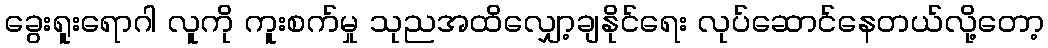
ခွေးရူးရောဂါ လူကို ကူးစက်မှု သုညအထိလျှော့ချနိုင်ရေး လုပ်ဆောင်နေတယ်လို့တော့